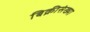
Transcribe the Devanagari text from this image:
बिक्रीसंख्या